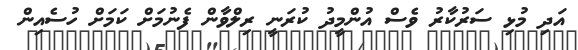
އަދި މުޅި ސަރުކާރު ވެސް އުންމީދު ކުރަނީ ރިލްވާން ފެނުމަށް ކަމަށް ހުސެއިން